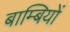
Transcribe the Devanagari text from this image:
बाम्बियों